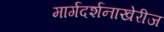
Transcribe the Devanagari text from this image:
मार्गदर्शनाखेरीज